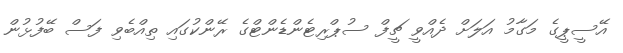
އޭސީޕީގެ މަގާމު އަލަށް ދެއްވީ ޗީފް ސުޕްރިޓެންޑެންޓްގެ ރޭންކުގައި ތިއްބެވި ފަސް ބޭފުޅުން